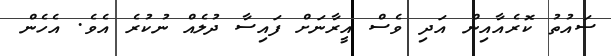
ސައުތު ކޮރެއާއިން އަދި ވެސް އީރާނަށް ފައިސާ ދުލެއް ނުކުރެ އެވެ. އެހެން